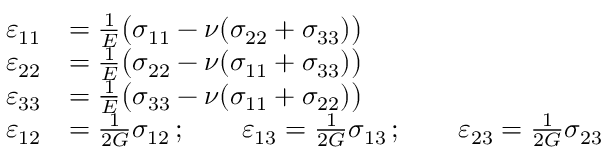
{ \begin{array} { r l } { \varepsilon _ { 1 1 } } & { = { \frac { 1 } { E } } { \big ( } \sigma _ { 1 1 } - \nu ( \sigma _ { 2 2 } + \sigma _ { 3 3 } ) { \big ) } } \\ { \varepsilon _ { 2 2 } } & { = { \frac { 1 } { E } } { \big ( } \sigma _ { 2 2 } - \nu ( \sigma _ { 1 1 } + \sigma _ { 3 3 } ) { \big ) } } \\ { \varepsilon _ { 3 3 } } & { = { \frac { 1 } { E } } { \big ( } \sigma _ { 3 3 } - \nu ( \sigma _ { 1 1 } + \sigma _ { 2 2 } ) { \big ) } } \\ { \varepsilon _ { 1 2 } } & { = { \frac { 1 } { 2 G } } \sigma _ { 1 2 } \, ; \qquad \varepsilon _ { 1 3 } = { \frac { 1 } { 2 G } } \sigma _ { 1 3 } \, ; \qquad \varepsilon _ { 2 3 } = { \frac { 1 } { 2 G } } \sigma _ { 2 3 } } \end{array} }